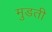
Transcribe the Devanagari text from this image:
मुडती